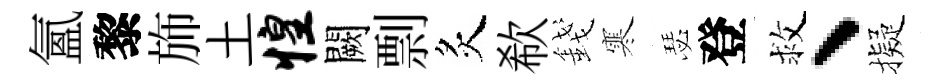
氳黎斾土惶闕剽炙欷錢寒瑟登救、擬